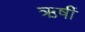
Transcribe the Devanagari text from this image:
ऋर्षी